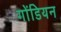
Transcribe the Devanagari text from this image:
गोंडियन